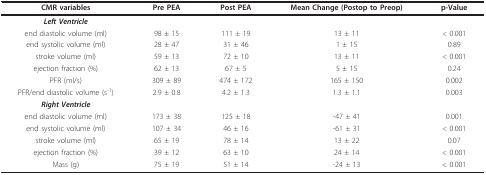
| CMR variables | Pre PEA | Post PEA | Mean Change (Postop to Preop) | p-Value |
 | --- | --- | --- | --- | --- |
 | Left Ventricle |  |  |  |  |
 | end diastolic volume (ml) | 98 ± 15 | 111 ± 19 | 13 ± 11 | < 0.001 |
 | end systolic volume (ml) | 28 ± 47 | 31 ± 46 | 1 ± 15 | 0.89 |
 | stroke volume (ml) | 59 ± 13 | 72 ± 10 | 13 ± 11 | < 0.001 |
 | ejection fraction (%) | 62 ± 13 | 67 ± 5 | 5 ± 15 | 0.24 |
 | PFR (ml/s) | 309 ± 89 | 474 ± 172 | 165 ± 150 | 0.002 |
 | PFR/end diastolic volume (s-1) | 2.9 ± 0.8 | 4.2 ± 1.3 | 1.3 ± 1.1 | 0.003 |
 | Right Ventricle |  |  |  |  |
 | end diastolic volume (ml) | 173 ± 38 | 125 ± 18 | -47 ± 41 | 0.001 |
 | end systolic volume (ml) | 107 ± 34 | 46 ± 16 | -61 ± 31 | < 0.001 |
 | stroke volume (ml) | 65 ± 19 | 78 ± 14 | 13 ± 22 | 0.07 |
 | ejection fraction (%) | 39 ± 12 | 63 ± 10 | 24 ± 14 | < 0.001 |
 | Mass (g) | 75 ± 19 | 51 ± 14 | -24 ± 13 | < 0.001 |